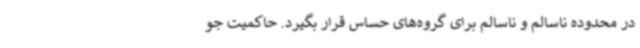
در محدوده ناسالم و ناسالم برای گروه‌های حساس قرار بگیرد. حاکمیت جو